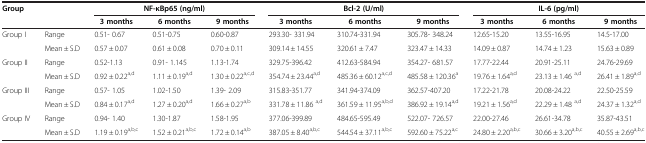
<table><thead><tr><td colspan="2"><b>Group</b></td><td colspan="3"><b>NF-κBp65 (ng/ml)</b></td><td colspan="3"><b>Bcl-2 (U/ml)</b></td><td colspan="3"><b>IL-6 (pg/ml)</b></td></tr><tr><td><b> </b></td><td><b> </b></td><td><b>3 months</b></td><td><b>6 months</b></td><td><b>9 months</b></td><td><b>3 months</b></td><td><b>6 months</b></td><td><b>9 months</b></td><td><b>3 months</b></td><td><b>6 months</b></td><td><b>9 months</b></td></tr></thead><tbody><tr><td>Group I</td><td>Range</td><td>0.51- 0.67</td><td>0.51-0.75</td><td>0.60-0.87</td><td>293.30- 331.94</td><td>310.74-331.94</td><td>305.78- 348.24</td><td>12.65-15.20</td><td>13.55-16.95</td><td>14.5-17.00</td></tr><tr><td> </td><td>Mean ± S.D</td><td>0.57 ± 0.07</td><td>0.61 ± 0.08</td><td>0.70 ± 0.11</td><td>309.14 ± 14.55</td><td>320.61 ± 7.47</td><td>323.47 ± 14.33</td><td>14.09 ± 0.87</td><td>14.74 ± 1.23</td><td>15.63 ± 0.89</td></tr><tr><td>Group II</td><td>Range</td><td>0.52-1.13</td><td>0.91- 1.145</td><td>1.13-1.74</td><td>329.75-396.42</td><td>412.63-584.94</td><td>354.27- 681.57</td><td>17.77-22.44</td><td>20.91-25.11</td><td>24.76-29.69</td></tr><tr><td> </td><td>Mean ± S.D</td><td>0.92 ± 0.22<sup>a,d</sup></td><td>1.11 ± 0.19<sup>a,d</sup></td><td>1.30 ± 0.22<sup>a,c,d</sup></td><td>354.74 ± 23.44<sup>a,d</sup></td><td>485.36 ± 60.12<sup>a,c,d</sup></td><td>485.58 ± 120.36<sup>a</sup></td><td>19.76 ± 1.64<sup>a,d</sup></td><td>23.13 ± 1.46 <sup>a,d</sup></td><td>26.41 ± 1.89<sup>a,d</sup></td></tr><tr><td>Group III</td><td>Range</td><td>0.57- 1.05</td><td>1.02-1.50</td><td>1.39- 2.09</td><td>315.83-351.77</td><td>341.94-374.09</td><td>362.57-407.20</td><td>17.22-21.78</td><td>20.08-24.22</td><td>22.50-25.59</td></tr><tr><td> </td><td>Mean ± S.D</td><td>0.84 ± 0.17<sup>a,d</sup></td><td>1.27 ± 0.20<sup>a,d</sup></td><td>1.66 ± 0.27<sup>a,b</sup></td><td>331.78 ± 11.86 <sup>a,d</sup></td><td>361.59 ± 11.95<sup>a,b,d</sup></td><td>386.92 ± 19.14<sup>a,d</sup></td><td>19.21 ± 1.56<sup>a,d</sup></td><td>22.29 ± 1.48 <sup>a,d</sup></td><td>24.37 ± 1.32<sup>a,d</sup></td></tr><tr><td>Group IV</td><td>Range</td><td>0.94- 1.40</td><td>1.30-1.87</td><td>1.58-1.95</td><td>377.06-399.89</td><td>484.65-595.49</td><td>522.07- 726.57</td><td>22.00-27.46</td><td>26.61-34.78</td><td>35.87-43.51</td></tr><tr><td> </td><td>Mean ± S.D</td><td>1.19 ± 0.19<sup>a,b,c</sup></td><td>1.52 ± 0.21<sup>a,b,c</sup></td><td>1.72 ± 0.14<sup>a,b</sup></td><td>387.05 ± 8.40<sup>a,b,c</sup></td><td>544.54 ± 37.11<sup>a,b,c</sup></td><td>592.60 ± 75.22<sup>a,c</sup></td><td>24.80 ± 2.20<sup>a,b,c</sup></td><td>30.66 ± 3.20<sup>a,b,c</sup></td><td>40.55 ± 2.69<sup>a,b,c</sup></td></tr></tbody></table>